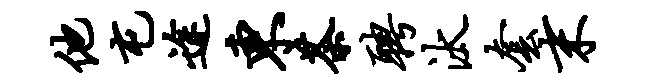
他屯途东茶聘汰套末